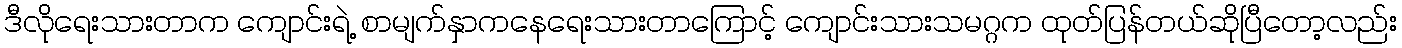
ဒီလိုရေးသားတာက ကျောင်းရဲ့ စာမျက်နှာကနေရေးသားတာကြောင့် ကျောင်းသားသမဂ္ဂက ထုတ်ပြန်တယ်ဆိုပြီတော့လည်း